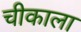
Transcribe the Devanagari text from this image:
चीकाला